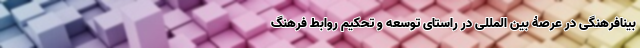
بینافرهنگی در عرصۀ بین المللی در راستای توسعه و تحکیم روابط فرهنگ